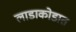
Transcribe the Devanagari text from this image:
लाडाकोडात